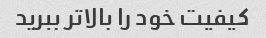
کیفیت خود را بالاتر ببرید